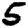
Digit: 5